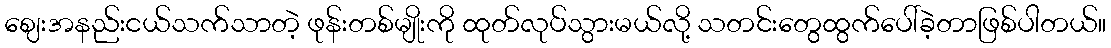
ဈေးအနည်းငယ်သက်သာတဲ့ ဖုန်းတစ်မျိုးကို ထုတ်လုပ်သွားမယ်လို့ သတင်းတွေထွက်ပေါ်ခဲ့တာဖြစ်ပါတယ်။